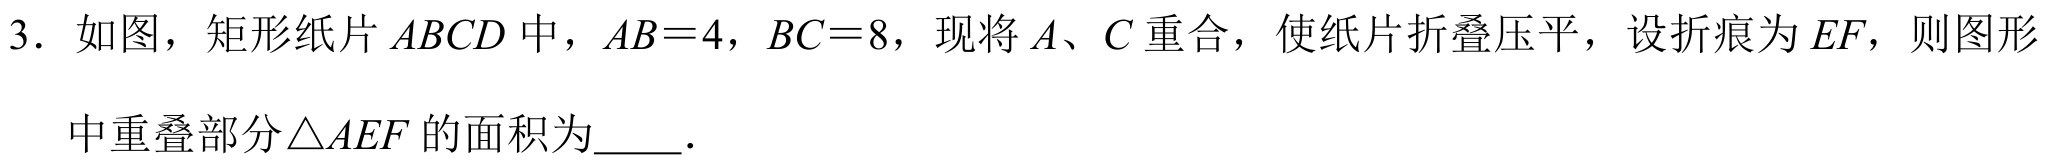
3. 如图，矩形纸片 \(ABCD\) 中，\(AB = 4\)，\(BC = 8\)，现将 \(A\)、\(C\) 重合，使纸片折叠压平，设折痕为 \(EF\)，则图形
中重叠部分 \(\triangle AEF\) 的面积为  ．